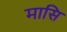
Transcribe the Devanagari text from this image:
मासि